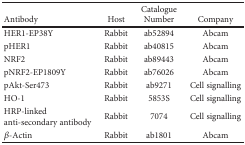
<table><thead><tr><td>[EMPTY_CELL]</td><td>[EMPTY_CELL]</td><td><b>Catalogue</b></td><td>[EMPTY_CELL]</td></tr><tr><td><b>Antibody</b></td><td><b>Host</b></td><td><b>Number</b></td><td><b>Company</b></td></tr></thead><tbody><tr><td>HER1-EP38Y</td><td>Rabbit</td><td>ab52894</td><td>Abcam</td></tr><tr><td>pHER1</td><td>Rabbit</td><td>ab40815</td><td>Abcam</td></tr><tr><td>NRF2</td><td>Rabbit</td><td>ab89443</td><td>Abcam</td></tr><tr><td>pNRF2-EP1809Y</td><td>Rabbit</td><td>ab76026</td><td>Abcam</td></tr><tr><td>pAkt-Ser473</td><td>Rabbit</td><td>ab9271</td><td>Cell signalling</td></tr><tr><td>HO-1</td><td>Rabbit</td><td>5853S</td><td>Cell signalling</td></tr><tr><td>HRP-linked anti-secondary antibody</td><td>Rabbit</td><td>7074</td><td>Cell signalling</td></tr><tr><td><i>β</i>-Actin</td><td>Rabbit</td><td>ab1801</td><td>Abcam</td></tr></tbody></table>